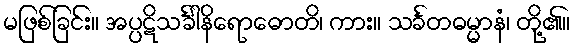
မဖြစ်ခြင်း။ အပ္ပဋိသင်္ခါနိရောဓောတိ၊ ကား။ သင်္ခတဓမ္မာနံ၊ တို့၏။